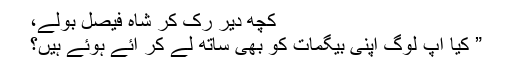
کچھ دیر رُک کر شاہ فیصل بولے،
” کیا آپ لوگ اپنی بیگمات کو بھی ساتھ لے کر آئے ہوئے ہیں؟